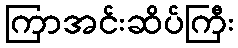
ကြာအင်းဆိပ်ကြီး